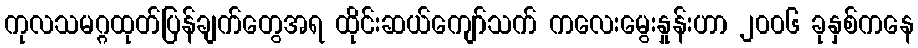
ကုလသမဂ္ဂထုတ်ပြန်ချက်တွေအရ ထိုင်းဆယ်ကျော်သက် ကလေးမွေးနှုန်းဟာ ၂၀၀၆ ခုနှစ်ကနေ